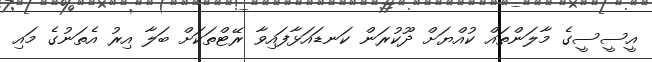
އީސީސީގެ މާލަންތައް ކުއްޔަށް ދޫކުރަން ކަނޑައަޅާފައިވާ ރޭޓްތަކަށް ބަލާ އިރު އެތަނުގެ މައި